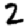
Digit: 2